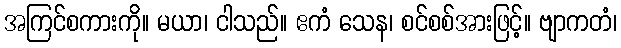
အကြင်စကားကို။ မယာ၊ ငါသည်။ ဧကံ သေန၊ စင်စစ်အားဖြင့်။ ဗျာကတံ၊